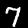
Digit: 7